Leaving Certificate, 1901
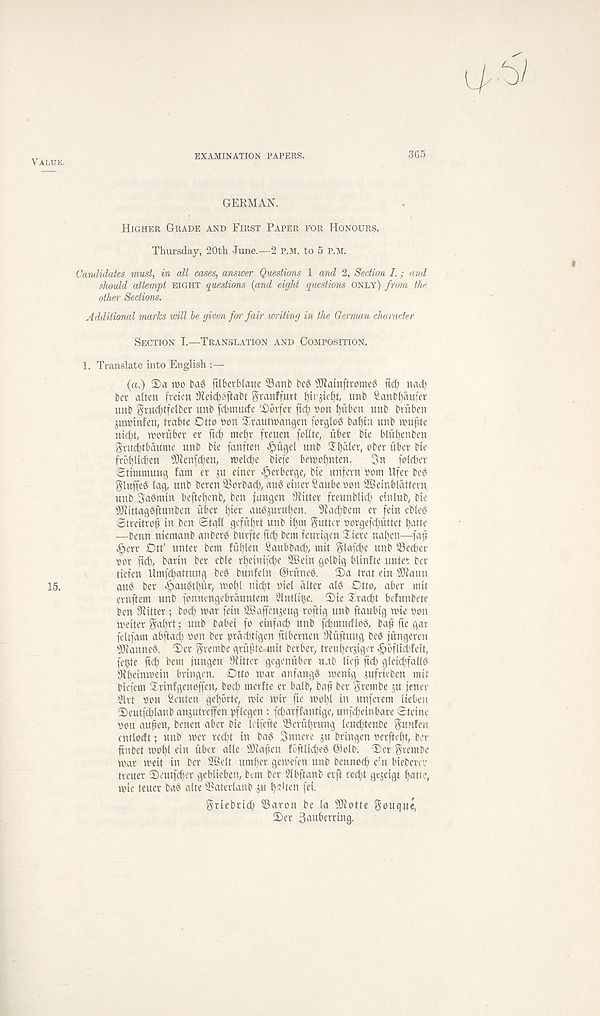
EXAMINATION PAPERS.
365
GERMAN.
Higher Grade and First Paper for Honours.
Thursday, 20th June.—2 p.m. to 5 P.M.
Candidates must, in all cases, answer Questions 1 and 2, Section I.; and
should attempt eight questions {and eight questions only) from the
other Sections.
Additional marks will he given for fair writing in the German character
Section I.—Translation and Composition.
1. Translate into English :—
(a.) 2>a j»o bag ftlkrblaue 23anb beg JJlainftromeg itcl) nacf)
ber alien [men 3ieid)gftabt granffurt l)tr jiefjt, unb Sanb^dufer
unb ^uc^tfelber unb fcbmucfe ' Dbrfer fid) »on fyitben nnb bvuben
juwinfen, trabte Dtto non Srautwangen forglog baf)in unb muffle
nid;t, moruber er fid) meffr freucn fohte, ilber bie blufjenben
gnubtbaume unb bte fanften <^itgel unb 3fl)aler, ober fiber bte
frbf)Ud)en fllienfdjen, mel^e btefe bemolfnten. 3n folcber
Stimmung fam er ju einer ^erberge, bie unfern oom Ufer beg
gluffeg lag, unb beren SSorbacf), aug einer Saube non SBeinbldttern
unb Sagmin beflelfenb, ben fungen fitter freunblic^ einlub, bie
JJlitlaggflunben uber ()ter augprulfen. 9fad)bem er fein ebleg
©treitro^ in ben ©tall gefufjrt unb tljm gutter norgefdfuttct butte
—benn ntcmanb anberg burfte ficb bem feurtgen Siere naffen—faff
^)err Dll' unter bem fulflen Saubbad), mil glafcbe unb Secfcer
nor fid), barin ber eble rl)eiiufd)e 2Betn golbig blinlte unler ber
tiefen Umfdbattung beg bunfeln ©rfineg. 3)a trat ein s 3Jiann
aug ber ^augllfitr, mo£)l nicbt niel alter alg Dtto, aber mil
ernftem unb fonnengebrduntem Slntlik- 2)te Xradft befunbete
ben Skitter ; bot^ mar fein 3Baffenjeug roftig unb ftaubig mie non
meiter galfrt; unb babei fo einfad) unb fcbmudtog, ba^ fie gar
fcltfam abftai^ non ber prdcbtigen ftlbernen Diuftuug beg jungercn
s 3Jianneg. ©er grembe gruffte-*nit berber, treu^erjiger ^)bflid)fett,
fe^te ftcf) bem jungen ^fitter gcgenuber u.tb tieff ftcp gleid)fallg
fK^einmein bringen. Dtto mar anfangg menig jufrieben mil
btefem ©rtnfgenoffen, bod) merfte er balb, bafi ber grembe ju jener
Slrt non Seuten gelfbrte, mie mir fte molfl in unferem lieben
©eutfcblanb anjutreffen pflegen : fd)arffantige, unfe^einbare ©teine
non auffen, benen aber bie leifefte 33erul)rung leuc^tenbe guufen
entloctt; unb mer red)t in bag Snnere ju bringen nerftel)!, ber
finbet mo^l ein fiber alle fKaffen foftlid)eg ©olb. ©er grembe
mar meit in ber 28elt umlfer gemefen unb bennoc^ e' .rt biebercv
treuer ©eutfd)er geblieben, bem ber Slbftanb erft rec^t gcjeigt l)atle,
mie teuer bag alte SSaterlanb ju l)Tlten fei.
griebrid) 93aron be la 9Jiotte gouqu«,
©er 3uubcrrtng.